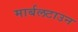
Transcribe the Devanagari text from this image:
मार्बलटाउन